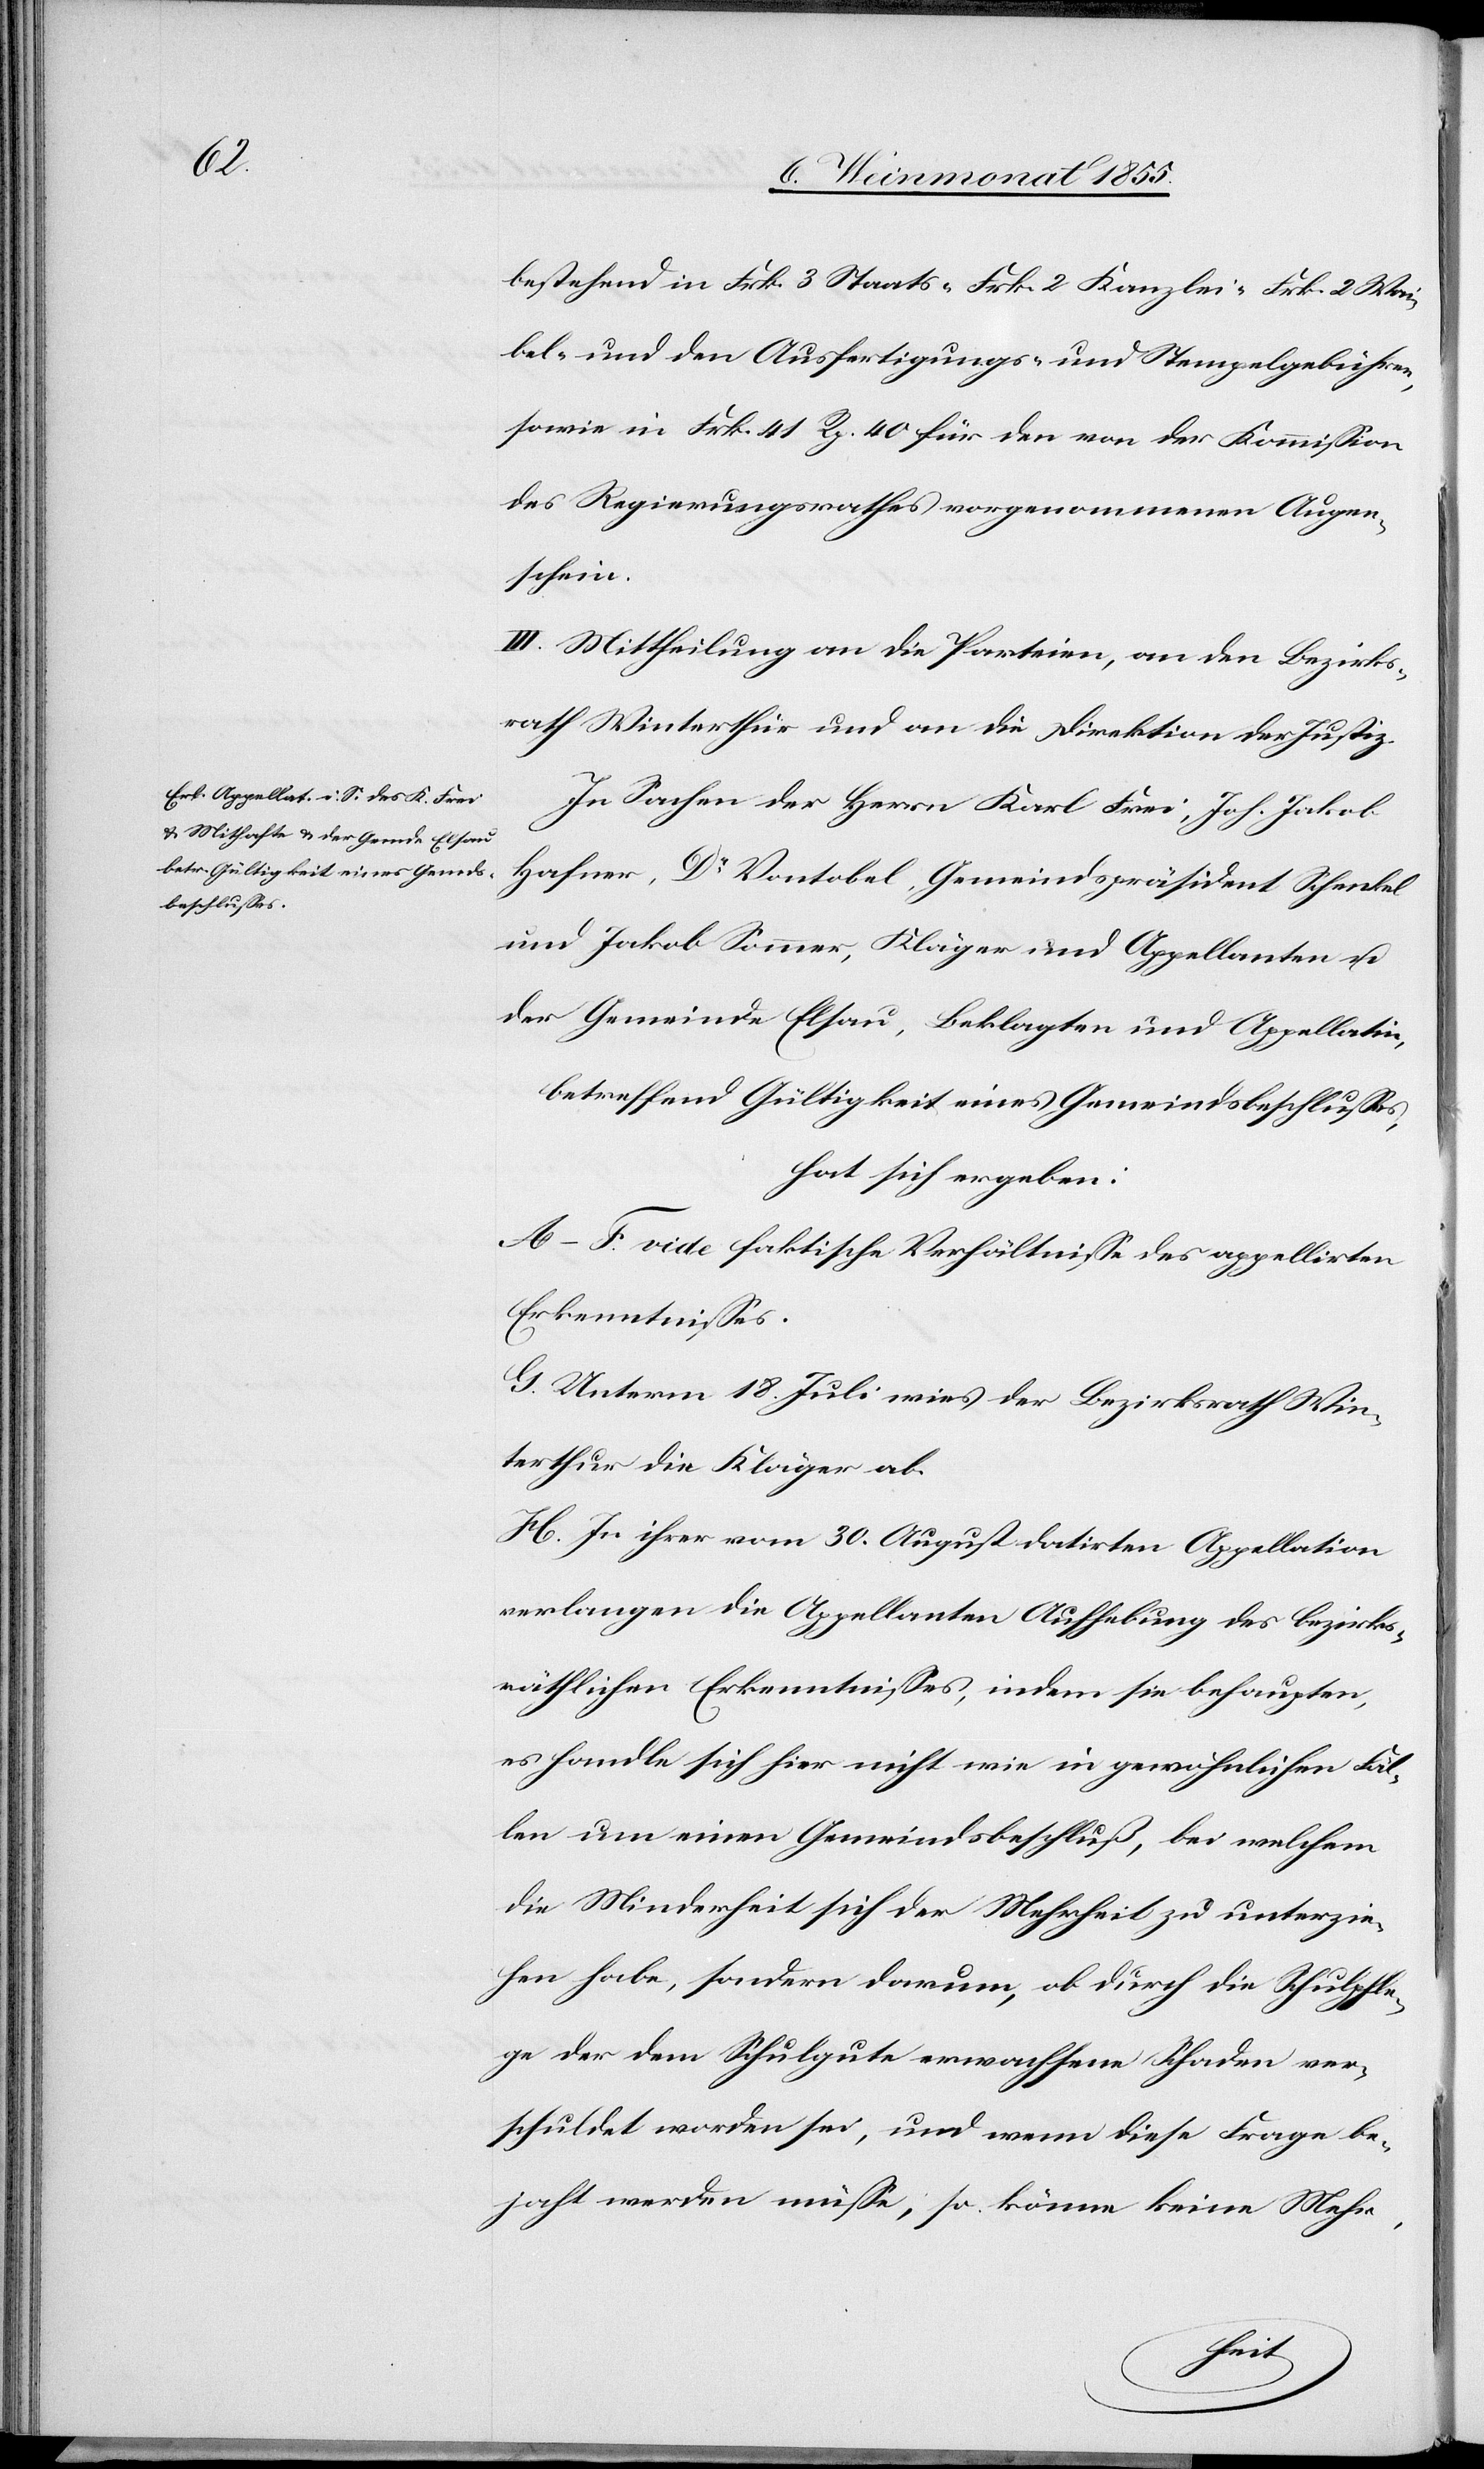
bestehend in Frk. 3 Staats-[,] Frk. 2 Kanzlei-[,] Frk. 2 Wai¬
bel- und den Ausfertigungs- und Stempelgebühren,
sowie in Frk. 41 Rp. 40 für den von der Kommission
des Regierungsrathes vorgenommenen Augen¬
schein.
III. Mittheilung an die Parteien, an den Bezirks¬
rath Winterthur und an die Direktion der Justiz.
In Sachen der Herrn Karl Frei, Joh. Jakob
Hafner, Dr Vontobel, Gemeindspräsident Schenkel
und Jakob Sommer, Kläger und Appellanten u.
der Gemeinde Elsau, Beklagten und Appellatin,
betreffend Gültigkeit eines Gemeindsbeschlusses,
hat sich ergeben:
A–F. vide faktische Verhältnisse des appellirten
Erkenntnisses.
G. Unterm 18. Juli wies der Bezirksrath Win¬
terthur die Kläger ab.
H. In ihrer vom 30. August datirten Appellation
verlangen die Appellanten Aufhebung des bezirks¬
räthlichen Erkenntnisses, indem sie behaupten,
es handle sich hier nicht wie in gewöhnlichen Fäl¬
len um einen Gemeindsbeschluß, bei welchem
die Minderheit sich der Mehrheit zu unterzie¬
hen habe, sondern darum, ob durch die Schulpfle¬
ge der dem Schulgute erwachsene Schaden ver¬
schuldet worden sei, und wenn diese Frage be¬
jaht werden müsse, so könne keine Mehr-